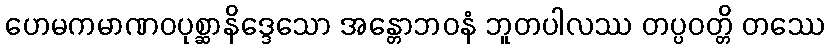
ဟေမကမာဏဝပုစ္ဆာနိဒ္ဒေသော အန္တောဘဝနံ ဘူတပါလဿ တပ္ပဝတ္တိ တဿေ